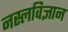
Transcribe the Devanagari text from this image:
नस्लविज्ञान